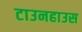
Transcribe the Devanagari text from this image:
टाउनहाउस